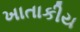
ખાતાકીય